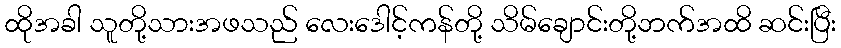
ထိုအခါ သူတို့သားအဖသည် လေးဒေါင့်ကန်တို့ သိမ်ချောင်းတို့ဘက်အထိ ဆင်းပြီး